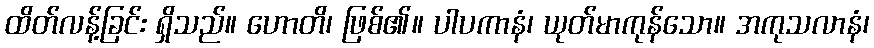
ထိတ်လန့်ခြင်း ရှိသည်။ ဟောတိ၊ ဖြစ်၏။ ပါပကာနံ၊ ယုတ်မာကုန်သော။ အကုသလာနံ၊